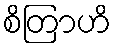
စိတြာဟိ